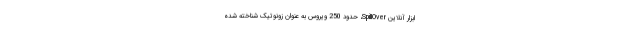
ابزار آنلاین SpillOver، حدود 250 ویروس به عنوان زونوتیک شناخته شده